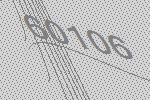
60106